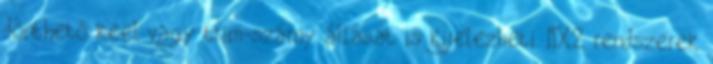
dönthető keel vagy trim-szárny állását is kijelezheti. NX2 rendszerek